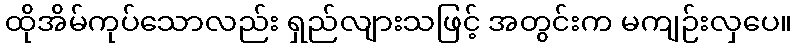
ထိုအိမ်ကုပ်သောလည်း ရှည်လျားသဖြင့် အတွင်းက မကျဉ်းလှပေ။